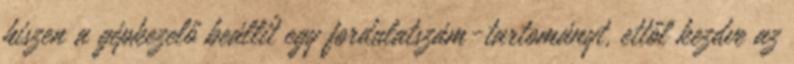
hiszen a gépkezelő beállít egy fordulatszám-tartományt, ettől kezdve az